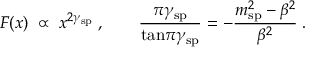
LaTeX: F ( x ) \; \propto \; x ^ { 2 \gamma _ { \mathrm { s p } } } \: , \qquad \frac { \pi \gamma _ { \mathrm { s p } } } { { \tan } { \pi \gamma _ { \mathrm { s p } } } } = - \frac { m _ { \mathrm { s p } } ^ { 2 } - \beta ^ { 2 } } { \beta ^ { 2 } } \; .